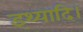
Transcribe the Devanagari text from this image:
इथ्यादि।